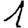
Digit: 1